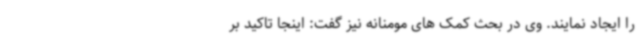
را ایجاد نمایند. وی در بحث کمک های مومنانه نیز گفت: اینجا تاکید بر